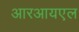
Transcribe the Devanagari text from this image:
आरआयएल